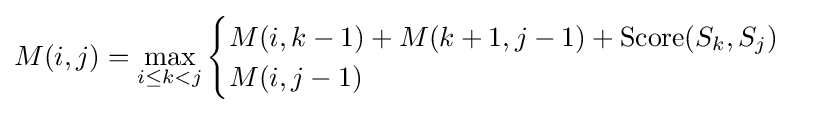
M(i,j)=\max _{i\leq k<j}{\begin{cases}M(i,k-1)+M(k+1,j-1)+{\text{Score}}(S_{k},S_{j})\\M(i,j-1)\end{cases}}